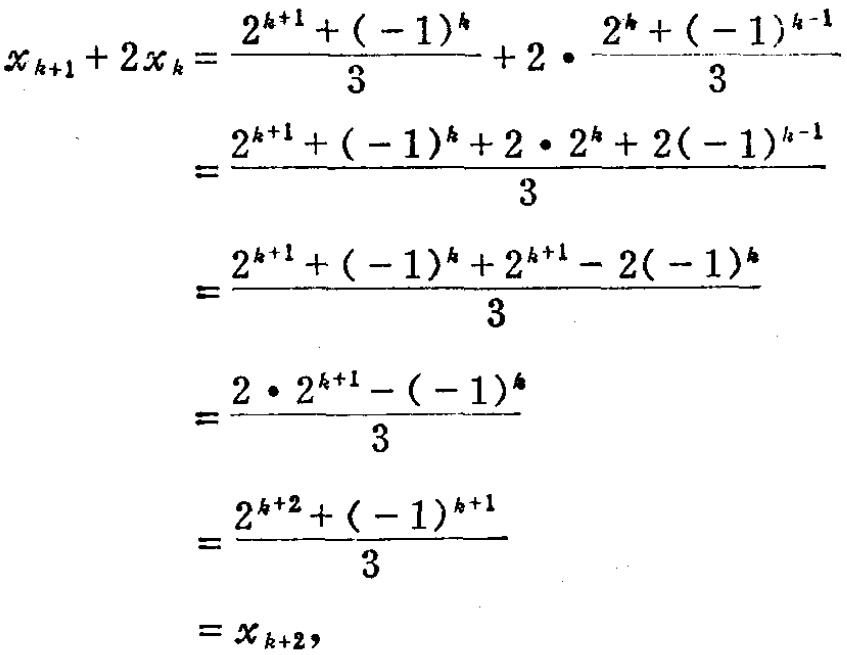
\[
\begin{align*}
x_{k + 1}+2x_{k}&=\frac{2^{k + 1}+(-1)^{k}}{3}+2\cdot\frac{2^{k}+(-1)^{k - 1}}{3}\\
&=\frac{2^{k + 1}+(-1)^{k}+2\cdot2^{k}+2(-1)^{k - 1}}{3}\\
&=\frac{2^{k + 1}+(-1)^{k}+2^{k + 1}-2(-1)^{k}}{3}\\
&=\frac{2\cdot2^{k + 1}-(-1)^{k}}{3}\\
&=\frac{2^{k + 2}+(-1)^{k + 1}}{3}\\
&=x_{k + 2},
\end{align*}
\]